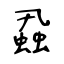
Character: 蝨